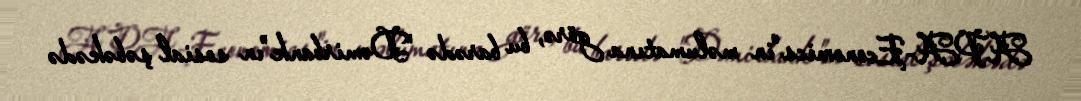
APA-Economics"in məlumatına görə, bu barədə "Dəmirbank"ın sosial şəbəkədə